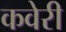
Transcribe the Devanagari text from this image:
कवेरी